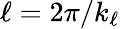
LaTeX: \ell=2\pi/k_{\ell}